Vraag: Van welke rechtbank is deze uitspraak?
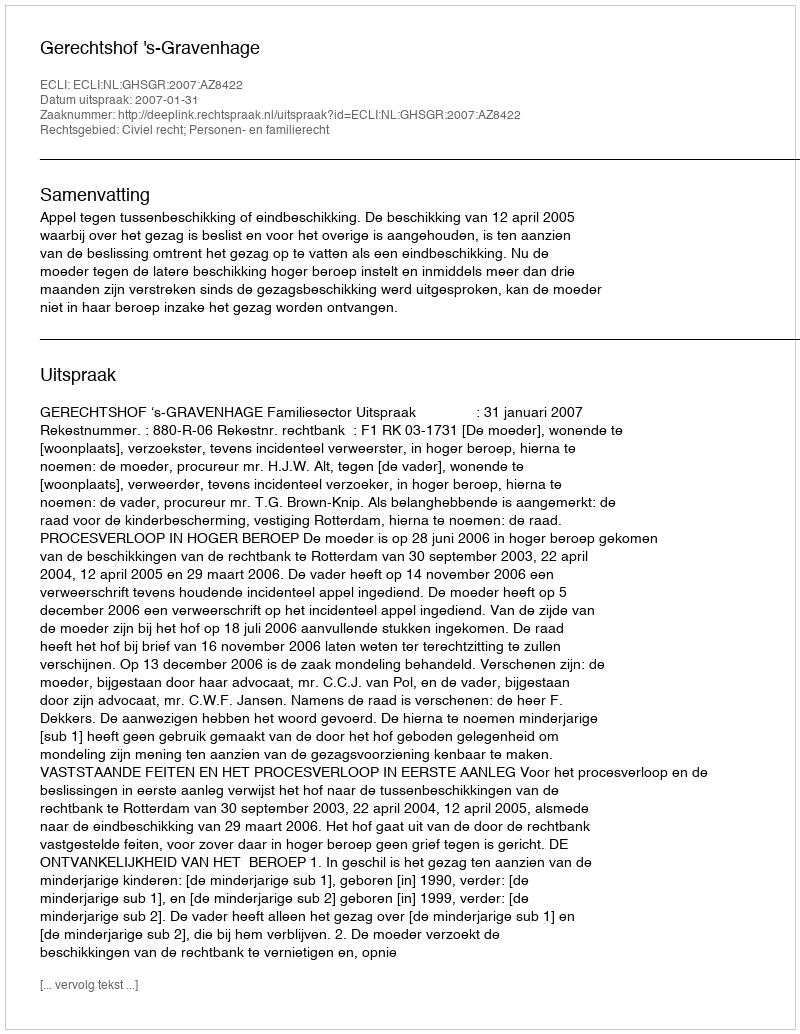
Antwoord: Gerechtshof 's-Gravenhage